Reports on military cantonments and civil stations in the Presidency of Bombay inspected by the Sanitary Commissioner in the years 1875 and 1876
Year: 1875
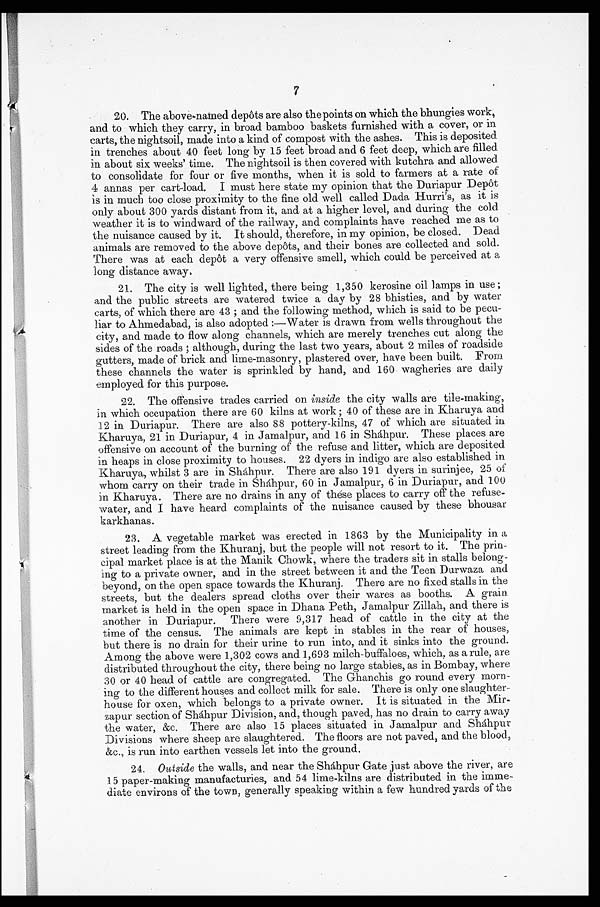
7
20. The above named depôts are also the points on which the bhungies work,
and to which they carry, in broad bamboo baskets furnished with a cover, or in
carts, the nightsoil, made into a kind of compost with the ashes. This is deposited
in trenches about 40 feet long by 15 feet broad and 6 feet deep, which are filled
in about six weeks' time. The nightsoil is then covered with kutchra and allowed
to consolidate for four or five months, when it is sold to farmers at a rate of
4 annas per cart-load. I must here state my opinion that the Duriapur Depôt
is in much too close proximity to the fine old well called Dada Hurri's, as it is
only about 300 yards distant from it, and at a higher level, and during the cold
weather it is to windward of the railway, and complaints have reached me as to
the nuisance caused by it. It should, therefore, in my opinion, be closed. Dead
animals are removed to the above depôts, and their bones are collected and sold.
There was at each depôt a very offensive smell, which could be perceived at a
long distance away.
21. The city is well lighted, there being 1,350 kerosine oil lamps in use;
and the public streets are watered twice a day by 28 bhisties, and by water
carts, of which there are 43; and the following method, which is said to be pecu-
liar to Ahmedabad, is also adopted:—Water is drawn from wells throughout the
city, and made to flow along channels, which are merely trenches cut along the
sides of the roads; although, during the last two years, about 2 miles of roadside
gutters, made of brick and lime-masonry, plastered over, have been built. From
these channels the water is sprinkled by hand, and 160 wagheries are daily
employed for this purpose.
22. The offensive trades carried on inside the city walls are tile-making,
in which occupation there are 60 kilns at work; 40 of these are in Kharuya and
12 in Duriapur. There are also 88 pottery-kilns, 47 of which are situated in
Kharuya, 21 in Duriapur, 4 in Jamalpur, and 16 in Sháhpur. These places are
offensive on account of the burning of the refuse and litter, which are deposited
in heaps in close proximity to houses. 22 dyers in indigo are also established in
Kharuya, whilst 3 are in Sháhpur. There are also 191 dyers in surinjee, 25 of
whom carry on their trade in Sháhpur, 60 in Jamalpur, 6 in Duriapur, and 100
in Kharuya. There are no drains in any of these places to carry off the refuse-
water, and I have heard complaints of the nuisance caused by these bhousar
karkhanas.
23. A vegetable market was erected in 1863 by the Municipality in a
street leading from the Khuranj, but the people will not resort to it. The prin
-
cipal market place is at the Manik Chowk, where the traders sit in stalls belong
-
ing to a private owner, and in the street between it and the Teen Durwaza and
beyond, on the open space towards the Khuranj. There are no fixed stalls in the
streets, but the dealers spread cloths over their wares as booths. A grain
market is held in the open space in Dhana Peth, Jamalpur Zillah, and there is
another in Duriapur. There were 9,317 head of cattle in the city at the
time of the census. The animals are kept in stables in the rear of houses,
but there is no drain for their urine to run into, and it sinks into the ground.
Among the above were 1,302 cows and 1,693 milch-buffaloes, which, as a rule, are
distributed throughout the city, there being no large stables, as in Bombay, where
30 or 40 head of cattle are congregated. The Ghanchis go round every morn-
ing to the different houses and collect milk for sale. There is only one slaughter
house for oxen, which belongs to a private owner. It is situated in the Mir
-
zapur section of Sháhpur Division, and, though paved, has no drain to carry away
the water, &c. There are also 15 places situated in Jamalpur and Sháhpur
Divisions where sheep are slaughtered. The floors are not paved, and the blood,
&c., is run into earthen vessels let into the ground.
24.
Outside the walls, and near the Sháhpur Gate just above the river, are
15 paper-making manufacturies, and 54 lime-kilns are distributed in the imme
-
diate environs of the town, generally speaking within a few hundred yards of the